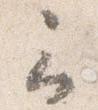
云